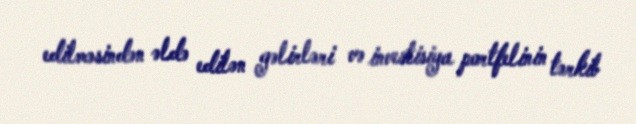
edilməsindən əldə edilən gəlirləri və investisiya portfelinin tərkib